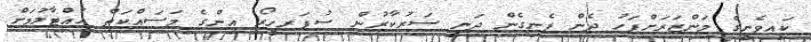
ކައިވެނީގެ މަންޒަރަށްފަހު ދެން ފެނިގެން ދަނީ ސަރުކާރުން ސުޕަރހީރޯ އިންގެ މަސައްކަތް ހުއްޓާލުމަށް